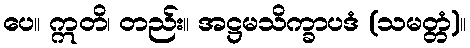
ပေ။ ဣတိ၊ တည်း။ အဋ္ဌမသိက္ခာပဒံ (သမတ္တံ)။